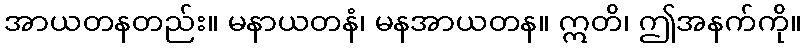
အာယတနတည်း။ မနာယတနံ၊ မနအာယတန။ ဣတိ၊ ဤအနက်ကို။